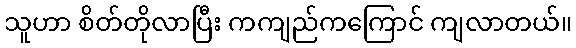
သူဟာ စိတ်တိုလာပြီး ကကျည်ကကြောင် ကျလာတယ်။